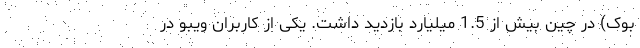
بوک) در چین بیش از 1.5 میلیارد بازدید داشت. یکی از کاربران ویبو در